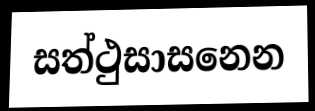
සත්ථුසාසනෙන